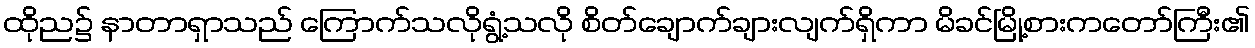
ထိုည၌ နာတာရှာသည် ကြောက်သလိုရွံ့သလို စိတ်ချောက်ချားလျက်ရှိကာ မိခင်မြို့စားကတော်ကြီး၏